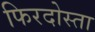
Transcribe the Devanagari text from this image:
फिरदोस्ता